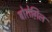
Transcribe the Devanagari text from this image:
बोरोग़िल